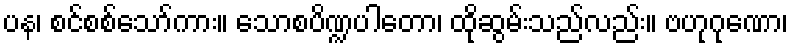
ပန၊ စင်စစ်သော်ကား။ သောစပိဏ္ဍပါတော၊ ထိုဆွမ်းသည်လည်း။ ဗဟုဂုဏော၊